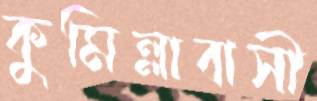
কুমিল্লাবাসী